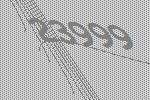
23999